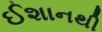
ઈશાનથી